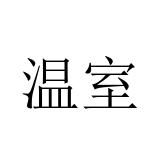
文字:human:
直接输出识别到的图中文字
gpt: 温室